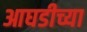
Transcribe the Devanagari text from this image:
आघडीच्या